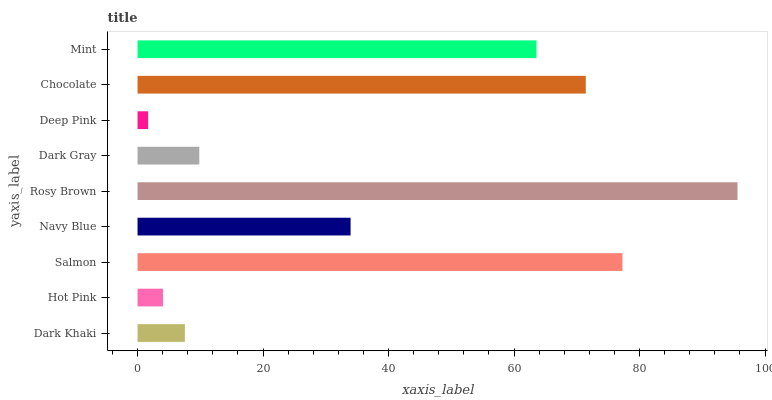
| yaxis_label | bars |
 | --- | --- |
 | Dark Khaki | 7.54 |
 | Hot Pink | 4.06 |
 | Salmon | 77.3 |
 | Navy Blue | 33.9 |
 | Rosy Brown | 95.6 |
 | Dark Gray | 9.84 |
 | Deep Pink | 1.69 |
 | Chocolate | 71.4 |
 | Mint | 63.6 |